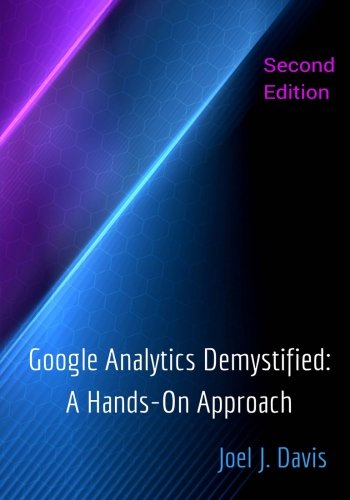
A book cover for Google Analytics Demystified: A Hands-On Approach (Second Edition); Joel J. Davis; Computers & Technology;